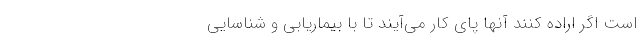
است اگر اراده کنند آنها پای کار می‌آیند تا با بیماریابی و شناسایی